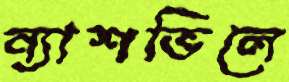
ন্যাশভিলে